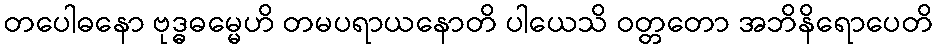
တပေါဓနော ဗုဒ္ဓဓမ္မေဟိ တမပရာယနောတိ ပါယေသိ ဝတ္တတော အဘိနိရောပေတိ